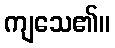
ကျသေ၏။